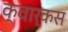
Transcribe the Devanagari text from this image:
क्वार्कस